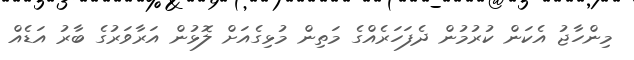
މިންހާޖު އެކަން ކުރުމުން ދެފަހަރެއްގެ މަތިން މުޅިގެއަށް ލޮޅުން އަރާވަރުގެ ބާރު އަޑެއް